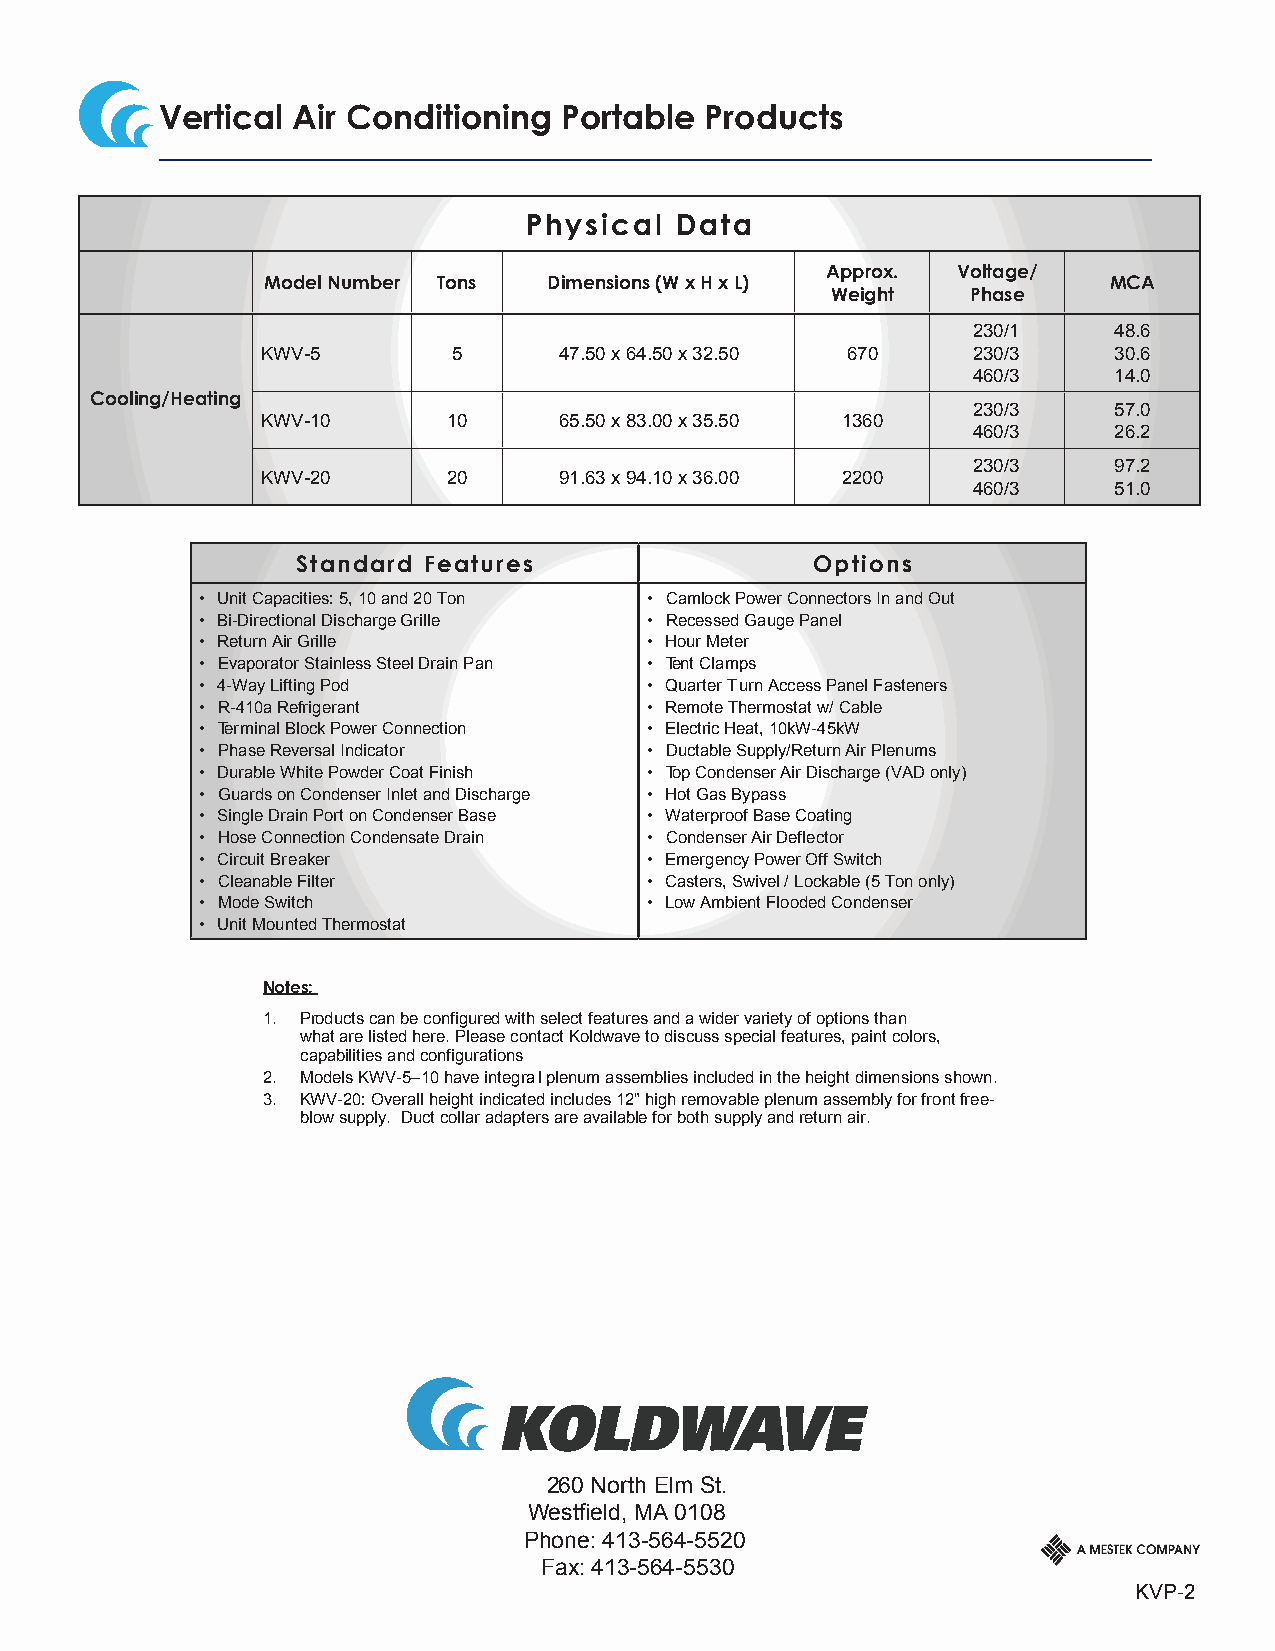
Vertical Air Conditioning Portable  Products
 Physical  Data
 Approx. Voltage/
 Model Number Tons  Dimensions (W x H x L)               MCA
 Weight   Phase
 230/1     48.6
 KWV-5        5      47.50 x 64.50 x 32.50 670  230/3     30.6
 460/3     14.0
 Cooling/Heating
 230/3     57.0
 KWV-10       10     65.50 x 83.00 x 35.50 1360
 460/3     26.2
 230/3     97.2
 KWV-20       20     91.63 x 94.10 x 36.00 2200
 460/3     51.0
 Standard Features                 Options
 • Unit Capacities: 5, 10 and 20 Ton • Camlock Power Connectors In and Out
 • Bi-Directional Discharge Grille • Recessed Gauge Panel
 • Return Air Grille           • Hour Meter
 • Evaporator Stainless Steel Drain Pan • Tent Clamps
 • 4-Way Lifting Pod           • Quarter Turn Access Panel Fasteners
 • R-410a Refrigerant          • Remote Thermostat w/ Cable
 • Terminal Block Power Connection • Electric Heat, 10kW-45kW
 • Phase Reversal Indicator    • Ductable Supply/Return Air Plenums
 • Durable White Powder Coat Finish • Top Condenser Air Discharge (VAD only)
 • Guards on Condenser Inlet and Discharge • Hot Gas Bypass
 • Single Drain Port on Condenser Base • Waterproof Base Coating
 • Hose Connection Condensate Drain • Condenser Air Deflector
 • Circuit Breaker             • Emergency Power Off Switch
 • Cleanable Filter            • Casters, Swivel / Lockable (5 Ton only)
 • Mode Switch                 • Low Ambient Flooded Condenser
 • Unit Mounted Thermostat
 Notes:
 1. Products can be configured with select features and a wider variety of options than
 what are listed here. Please contact Koldwave to discuss special featur es, paint colors,
 capabilities and configurations
 2. Models KWV-5–10 have integral plenum assemblies included in the height dimensions shown.
 3. KWV-20: Overall height indicated includes 12" high removable plenum assembly for front free-
 blow supply. Duct collar adapters are available for both supply and return air.
 260 North Elm St.
 Westfield, MA 0108
 Phone: 413-564-5520
 Fax: 413-564-5530
 KVP-2